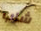
شاب